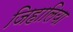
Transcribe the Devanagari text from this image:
जिहालिया